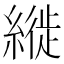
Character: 縰